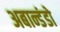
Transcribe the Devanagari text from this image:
अबान्डंडो